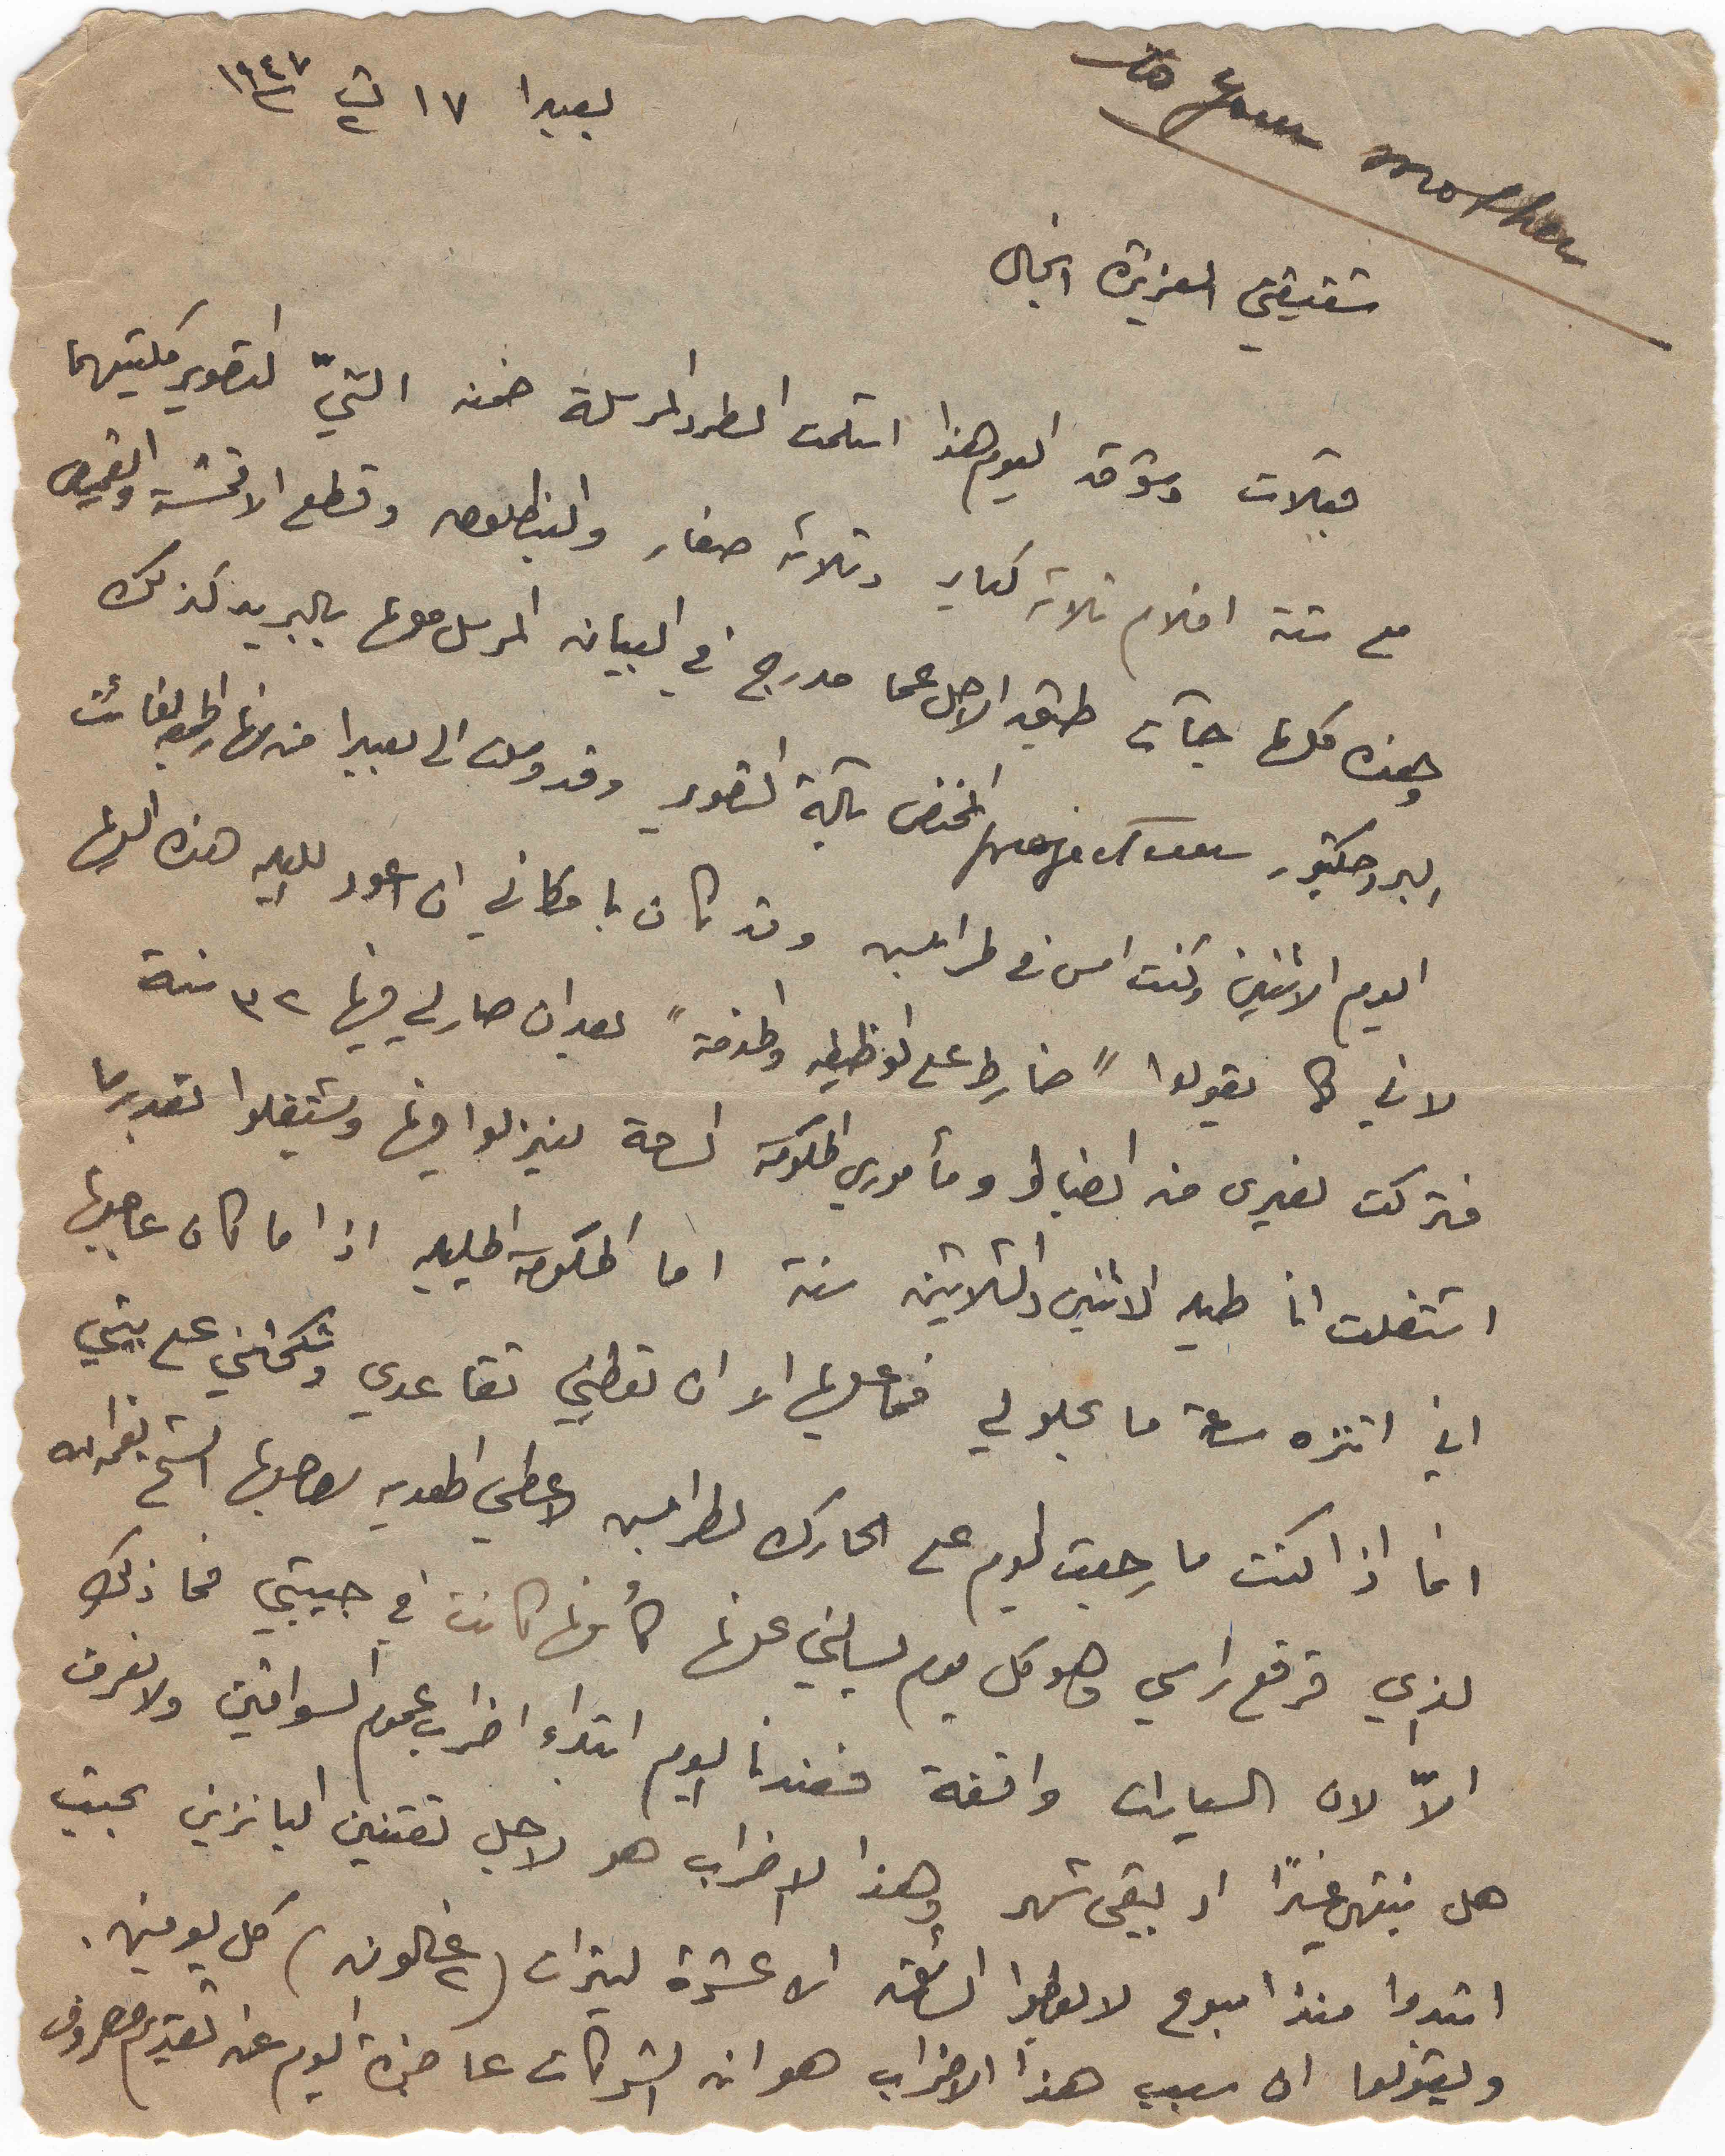
To your mother
بعبدا ١٧ ت٢ ١٩٤٧
شقيقتي العزيزة انجال
قبلات وشوق اليوم هذا استلمت الطرد المرسلة ضمنه التيّ التصوير كلتيهما
مع ستة افلام ثلاثه كبار وثلاثه صغار والبنطلون وقطع الاقمشة والقميص
وهذه كلها جآت طبق الاصل كما مدرج في البيان المرسل معها بالبريد كذلك
البروجكتور projecteur المختص بآلة التصوير وقد وصلت الى بعبدا من نهار الجمعه الفائت
اليوم الاثنين وكنت امس في طرابلس وقد كان بامكاني ان اعود الليله هذه اليها
لاني كما يقولوا "ضارط على الوظيفه والخدمة" بعد ان صار لي فيها ٣٢ سنة
فتركت لغيري من الضباط ومأموري الحكومة الساحة لينزلوا فيها ويشتغلوا بقدرما
اشتغلت انا طيه الاثنين والثلاثين سنة اما الحكومة الجليلة اذا ما كان عاجبها
اني اتنزه ساعة ما يحلو لي فما عليها الا ان تعطيني تقاعدي وتكحتني على بيتي
انا اذا كنت ما رجعت اليوم على الحارك لطرابلس لاعطي الهديه لصاحبها الشيخ نعمة الله
الذي قرقع راسي وهو كل يوم يسألني عنها كأنها كانت في جيبتي فما ذلك
الاّ لان السيارات واقفة فعندنا اليوم ابتداء اضراب عموم السواقين ولا نعرف
هل ينتهي غداً او يبقى شهر وهذا الاضراب هو لاجل تقنين البانزين بحيث
ابتدوا منذ اسبوع لا يعطوا السائق الا عشرة ليترات (٢ غالون) كل يومين.
ويقولو ان سبب هذا الاضراب هو انه الشركات عاجزة اليوم عن تقديم مصروف